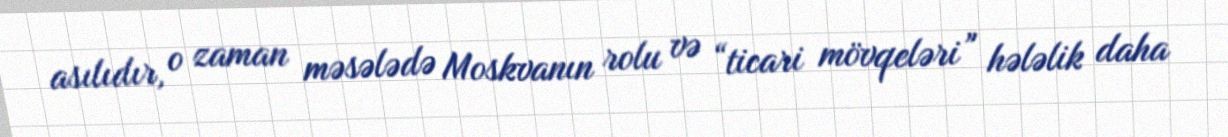
asılıdır, o zaman məsələdə Moskvanın rolu və “ticari mövqeləri” hələlik daha